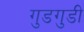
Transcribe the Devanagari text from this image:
गुडगुडी